Report on sanitation, dispensaries, and jails in Rajputana for 1918, and on vaccination for the year 1918-1919 - 1918-1919
Year: 1918
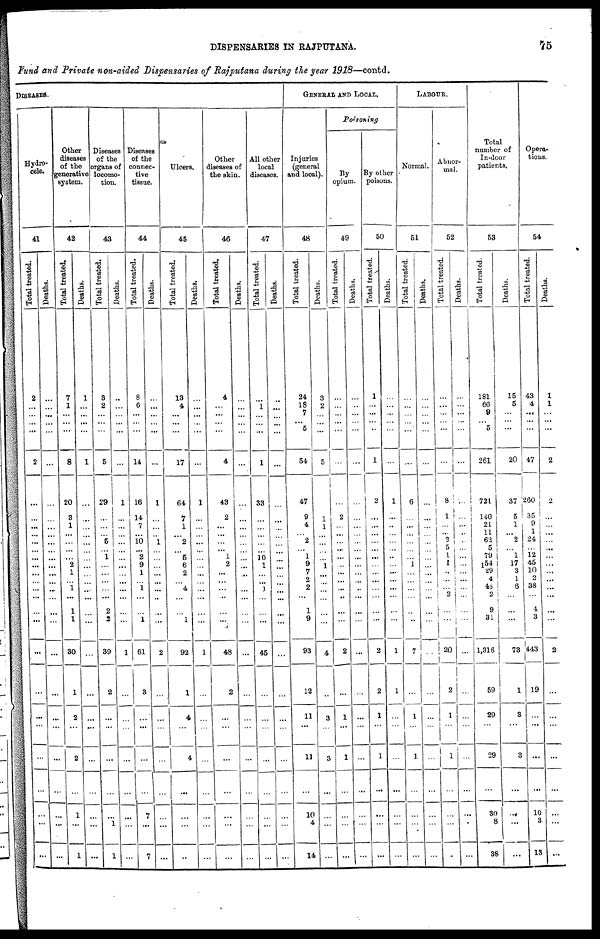
DISPENSARIES IN RAJPUTANA.
75
Fund and Private non-aided Dispensaries of Rajputana during the year 1918—contd.
DISEASES.
Hydro-
cele.
41
Total treated.
2
...
...
...
...
2
...
...
...
...
...
...
...
...
...
...
...
...
...
...
...
...
...
...
...
...
...
...
...
Deaths.
...
...
...
...
...
...
...
...
...
...
...
...
...
...
...
...
...
...
...
...
...
...
...
...
...
...
...
...
...
Other
diseases
of the
generative
system.
42
Total treated.
7
1
...
...
...
8
20
3
1
...
...
...
...
2
1
...
1
...
1
1
30
1
2
...
2
...
1
...
1
Deaths.
1
...
...
...
...
1
...
...
...
...
...
...
...
...
...
...
...
...
...
...
...
...
...
...
...
...
...
...
...
Diseases
of the
organs of
locomo-
tion.
43
Total treated.
3
2
...
...
...
5
29
...
...
...
5
... 1
...
...
...
...
...
2
2
39
2
...
...
...
...
...
1
1
Deaths.
...
...
...
...
...
...
1
...
...
...
...
...
...
...
...
...
...
...
...
...
1
...
...
...
...
...
...
...
...
Diseases
of the
connec-
tive
tissue.
44
Total treated.
8
6
...
...
...
14
16
14
...
...
10
...
2
9
1
...
1
...
...
1
61
3
...
...
...
...
7
...
7
Deaths.
...
...
...
...
...
...
1
...
...
...
1
...
...
...
...
...
...
...
...
...
2
...
...
...
...
...
...
...
...
Ulcers.
45
Total treated.
13
4
...
...
...
17
64
7
1
...
2
...
5
6
2
...
4
...
...
1
92
1
4
...
4
...
...
...
...
Deaths.
...
...
...
...
...
...
1
...
...
...
...
...
...
...
...
...
...
...
...
...
1
...
...
...
...
...
...
...
...
Other
diseases of
the skin.
46
Total treated.
4
...
...
...
...
4
43
2
...
...
...
...
1
2
...
...
...
...
...
...
48
2
...
...
...
...
...
...
...
Deaths.
...
...
...
...
...
...
...
...
...
...
...
...
...
...
...
...
...
...
...
...
...
...
...
...
...
...
...
...
...
All other
local
diseases.
47
Total treated.
...
1
...
...
...
1
33
...
...
...
...
...
10 1
...
...
1
...
...
...
45
...
...
...
...
...
...
...
...
Deaths.
...
...
...
...
...
...
...
...
...
...
...
...
...
...
...
...
...
...
...
...
...
...
...
...
...
...
...
...
...
GENERAL AND LOCAL.
Injuries
(general
and local).
48
Total treated.
24
18 7
...
5
54
47
9
4
...
2
...
1 9
7
2
2
...
1
9
93
12
11
...
11
...
10
4
14
Deaths.
3
2
...
...
...
5
...
1
1
...
...
...
...
1
...
...
...
...
...
...
4
...
3
...
3
...
...
...
...
Poisoning
By
opium.
49
Total treated.
...
...
...
...
...
...
...
2
...
...
...
...
...
...
...
...
...
...
...
...
2
...
1
...
1
...
...
...
...
Deaths.
...
...
...
...
...
...
...
...
...
...
...
...
...
...
...
...
...
...
...
...
...
...
...
...
...
...
...
...
...
By other
poisons.
50
Total treated.
1
...
...
...
...
1
2
...
...
...
...
...
...
...
...
...
...
...
...
...
2
2
1
...
1
...
...
...
...
Deaths.
...
...
...
...
...
...
1
...
...
...
...
...
...
...
...
...
...
...
...
...
1
1
...
...
...
...
...
...
...
LABOUR.
Normal.
51
Total
treated.
...
...
...
...
...
...
6
...
...
...
...
...
...
1
...
...
...
...
...
...
7
...
1
...
1
...
...
...
...
Deaths.
...
...
...
...
...
...
...
...
...
...
...
... ...
...
... ...
...
...
...
...
...
...
...
...
...
...
...
...
...
Abnor-
mal.
52
Total treated.
...
...
...
...
...
...
8
1
...
...
2
5
1
1
...
...
...
2
...
...
20
2
1
...
1
...
...
...
...
Deaths.
...
...
...
...
...
...
...
...
... ...
... ...
...
...
...
...
...
...
...
...
...
...
...
...
...
...
...
...
...
Total
number of
In-door
patients.
53
Total treated.
181
66
9
...
5
261
721
140
21 11
62
5
79
154
29
4
48
2
9
31
1,316
59
29
...
29
...
30
8
38
Deaths.
15
5
...
...
...
20
37
5
1
...
2
...
1
17
3
1
6
...
...
...
73
1
3
...
3
...
...
...
...
Opera-
tions.
54
Total treated.
43
4
...
...
...
47
260
35
9 1
24
...
12
45
10
2
38
...
4
3
443
19
...
...
...
...
10
3
13
Deaths.
1
1
...
...
...
2
2
...
...
...
...
...
...
...
...
...
...
...
...
...
2
...
...
...
...
...
...
...
...